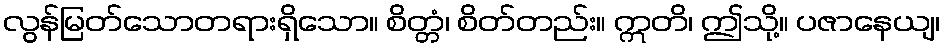
လွန်မြတ်သောတရားရှိသော။ စိတ္တံ၊ စိတ်တည်း။ ဣတိ၊ ဤသို့။ ပဇာနေယျ၊